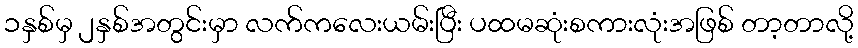
၁နှစ်မှ ၂နှစ်အတွင်းမှာ လက်ကလေးယမ်းပြီး ပထမဆုံးစကားလုံးအဖြစ် တာ့တာလို့